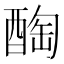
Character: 醄